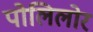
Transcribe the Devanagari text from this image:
पोलिलोर